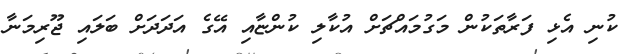
ކުނި އެޅި ފަރާތަކުން މަގުމައްޗަށް އުކާލި ކުންޏާއި އޭގެ އަދަދަށް ބަލައި ޖޫރިމަނާ